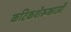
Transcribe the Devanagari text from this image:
कटिकशेरूकाओं